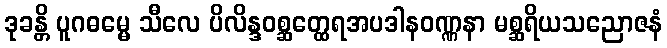
ဒုခန္တိ ပူဂဓမ္မေ သီလေ ပိလိန္ဒဝစ္ဆတ္ထေရအပဒါနဝဏ္ဏနာ မစ္ဆရိယသညောဇနံ